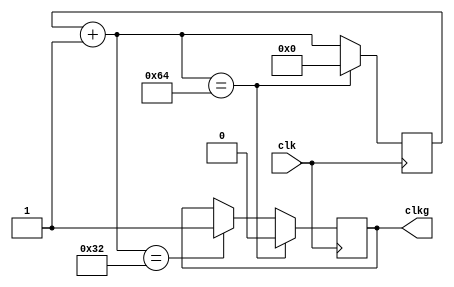
`timescale 1ns / 1ps

module DivisorSerial3(

//divisor de 100MHz A 1MHz
 input wire clk,
 output wire clkg
 
 );

reg pulse = 1'b0;
reg [6:0] cont = 7'b0000000;
assign clkg = pulse;

always@(posedge clk)
begin
   cont = cont + 1'b1;
   if (cont == 7'b0110010) 
	   pulse = 1'b1;
   if (cont == 7'b1100100) begin
      pulse = 1'b0;
      cont = 7'b0000000;
   end
end

endmodule